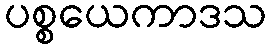
ပစ္စယေကာဒသ